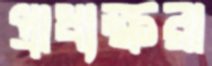
প্রাধ্যক্ষরা